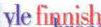
yle finnish